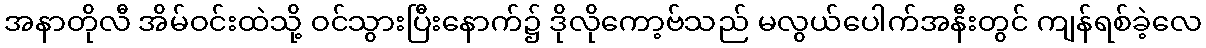
အနာတိုလီ အိမ်ဝင်းထဲသို့ ဝင်သွားပြီးနောက်၌ ဒိုလိုကော့ဗ်သည် မလွယ်ပေါက်အနီးတွင် ကျန်ရစ်ခဲ့လေ